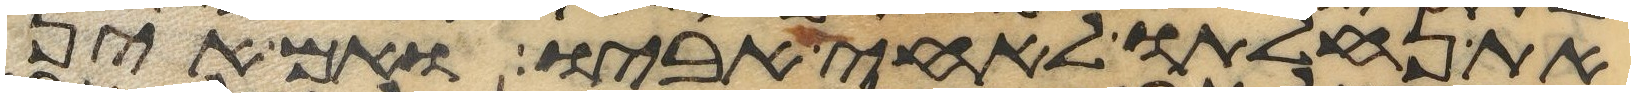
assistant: את נחלתו לאחי אביו ואם אין